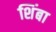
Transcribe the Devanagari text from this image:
शिंबा